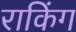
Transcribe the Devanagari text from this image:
राकिंग